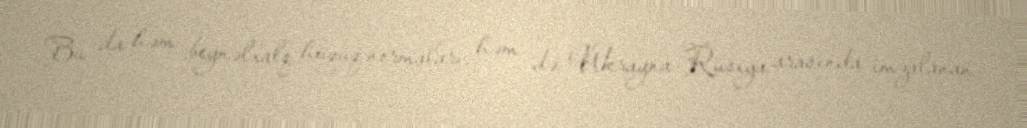
Bu da həm beynəlxalq hüquq normaları, həm də Ukrayna-Rusiya arasında imzalanan